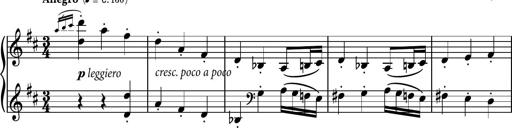
Title: Piano Sonatina No.4
Composer: Dimitri Sykias
Key: D major